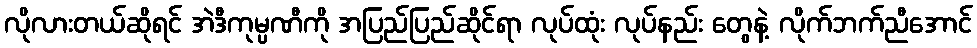
လိုလားတယ်ဆိုရင် အဲဒီကုမ္ပဏီကို အပြည်ပြည်ဆိုင်ရာ လုပ်ထုံး လုပ်နည်း တွေနဲ့ လိုက်ဘက်ညီအောင်